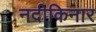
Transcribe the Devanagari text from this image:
नदीकिनार